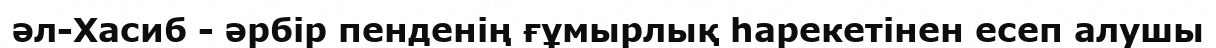
әл-Хасиб - әрбір пенденің ғұмырлық һарекетінен есеп алушы